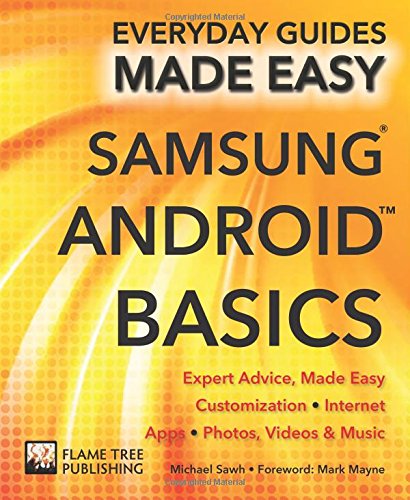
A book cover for Samsung Android Basics: Expert Advice, Made Easy (Everyday Guides Made Easy); Michael Sawh; Computers & Technology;